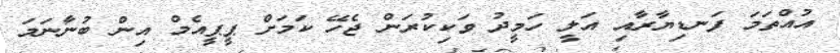
އުއްތަމަ ފަނޑިޔާރާއި އަލީ ހަމީދު ވަކިކުރަން ޖެހޭ ކަމަށް ޕީޕީއެމް އިން ބުނާނަމަ